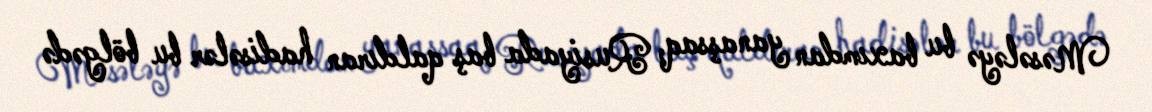
Məsələyə bu baxımdan yanaşsaq, Rusiyada baş qaldıran hadisələr bu bölgədə